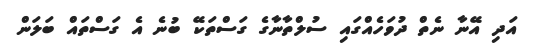
އަދި އޭނާ ނެތް ދުވަހެއްގައި ސުލްތާނާގެ ގަސްތަކޭ ބުނެ އެ ގަސްތައް ބަލަން